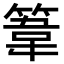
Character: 𥯤